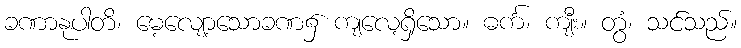
ခဏာနုပါတိ၊ မေ့လျော့သောခဏ၌ ကျလေ့ရှိသော။ ဓင်္က၊ ကျီး။ တွံ၊ သင်သည်။